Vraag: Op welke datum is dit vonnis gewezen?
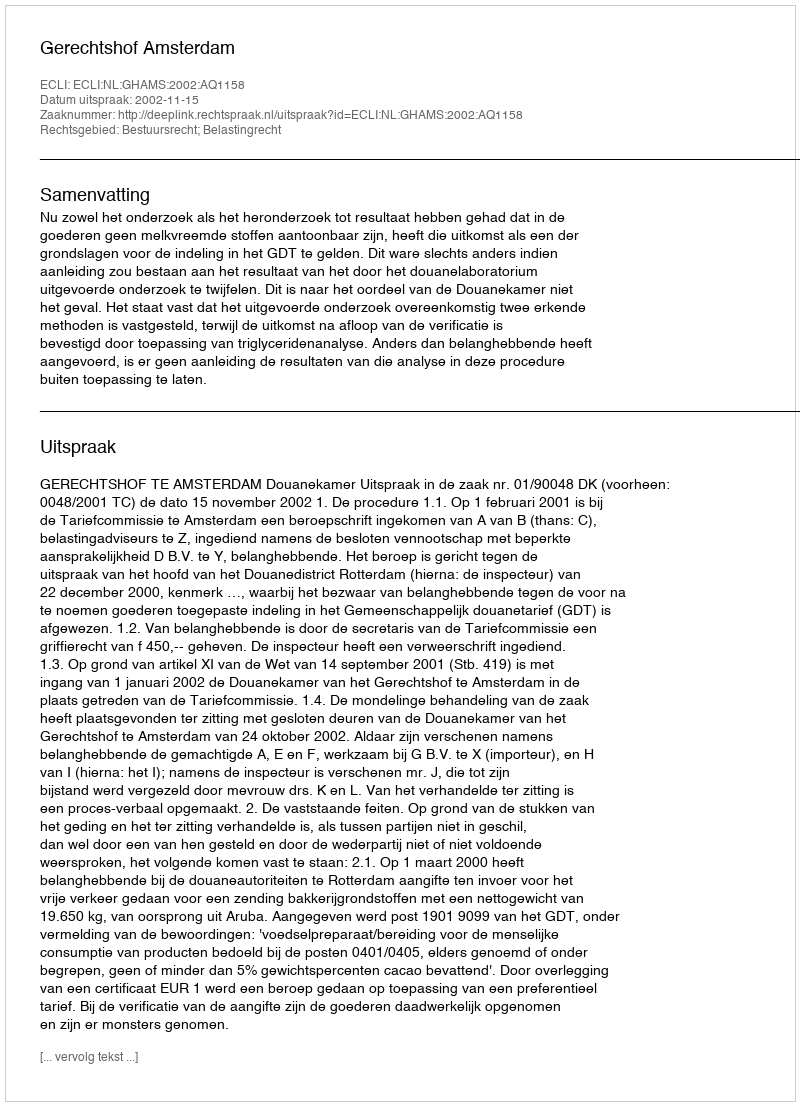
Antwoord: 2002-11-15